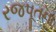
રજપૂતના